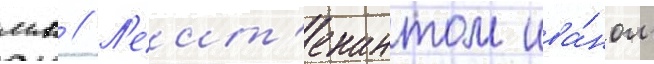
мл // Л'еит'енантом ива́ном